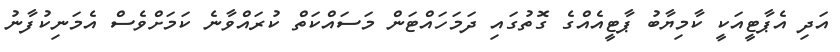
އަދި އެޕާޓީއަކީ ކާމިޔާބު ޕާޓީއެއްގެ ގޮތުގައި ދަމަހައްޓަން މަސައްކަތް ކުރައްވާނެ ކަމަށްވެސް އެމަނިކުފާނު